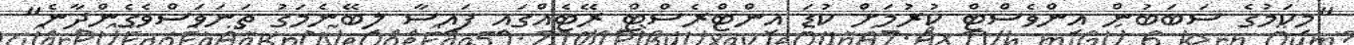
"މިކަމުގެ ސަބަބުން އިންވެސްޓް ކުރުމަށް ކުޑަ އިންޓްރެސްޓް ރޭޓެއްގައި ފައިސާ ލިބޭނެމަގު ތަނަވަސްވެގެންދާނެ"